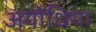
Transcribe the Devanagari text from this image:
अयोधिया